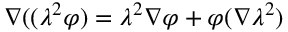
\nabla ( ( \lambda ^ { 2 } \varphi ) = \lambda ^ { 2 } \nabla \varphi + \varphi ( \nabla \lambda ^ { 2 } )